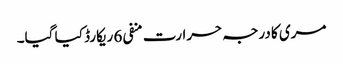
مری کا درجہ حرارت منفی 6 ریکارڈ کیا گیا۔